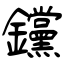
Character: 钂